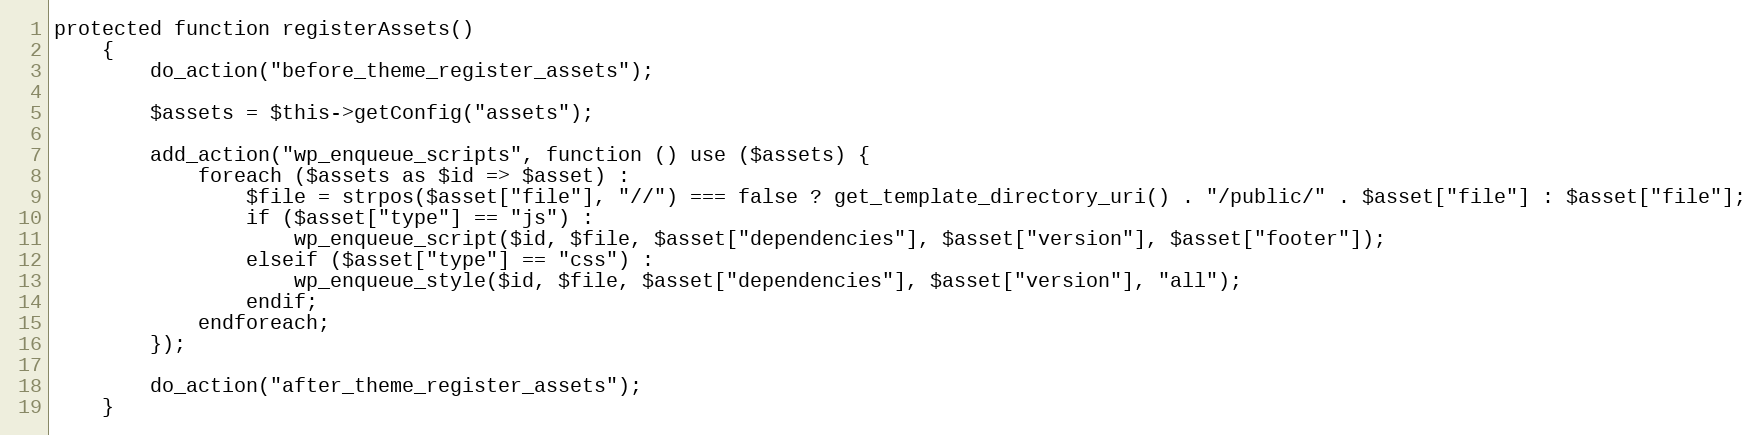
Language: PHP
protected function registerAssets()
    {
        do_action("before_theme_register_assets");

        $assets = $this->getConfig("assets");

        add_action("wp_enqueue_scripts", function () use ($assets) {
            foreach ($assets as $id => $asset) :
                $file = strpos($asset["file"], "//") === false ? get_template_directory_uri() . "/public/" . $asset["file"] : $asset["file"];
                if ($asset["type"] == "js") :
                    wp_enqueue_script($id, $file, $asset["dependencies"], $asset["version"], $asset["footer"]);
                elseif ($asset["type"] == "css") :
                    wp_enqueue_style($id, $file, $asset["dependencies"], $asset["version"], "all");
                endif;
            endforeach;
        });

        do_action("after_theme_register_assets");
    }